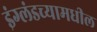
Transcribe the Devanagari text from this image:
इंग्लंडच्यामधील